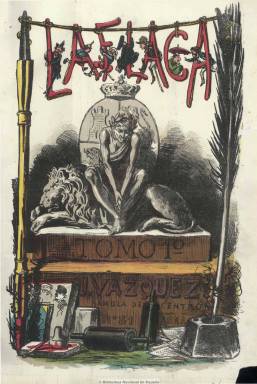
Título: La Flaca (Barcelona. 1869)
Colección: Revistas satíricas y humorísticas || Periódicos
Ámbito geográfico: Barcelona
Lugar de publicación: Barcelona
Fechas: 27/03/1869-03/09/1871

Revista satírica, de carácter republicano y federal, editada en Barcelona a partir de marzo de 1869 que se prolongará, cambiando de título (La Carcajada, La Madeja política, La Madeja) hasta 1876. Su nombre se opone al título carlista La Gorda. Publicó excelentes caricaturas a color a doble página en las que ridiculizaba la monarquía, el clero, los militares y al político Juan Prim. Aunque estas caricaturas eran anónimas, los investigadores se las atribuyen al barcelonés  Tomás Padró. Con texto en verso y en prosa, la mayoría de los autores la consideran la primera en hacer un uso informativo del color en España.

Imágenes cedidas por TECNODOC.